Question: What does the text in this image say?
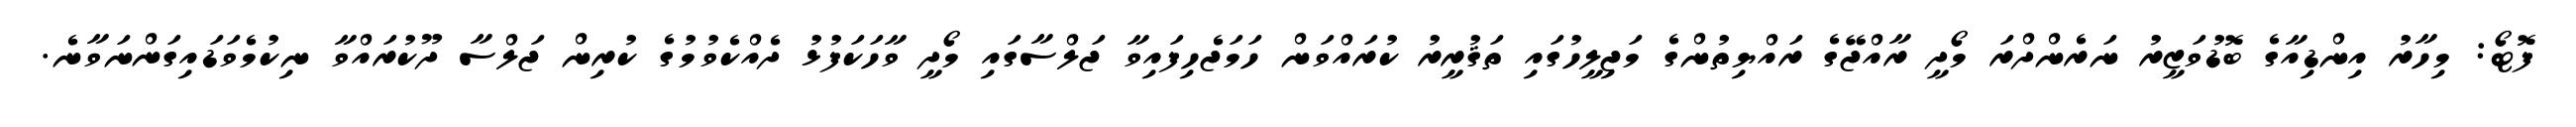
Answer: ފޮޓޯ: މިހާރު އިންޑިއާގެ ބޮޑުވަޒީރު ނަރެންދްރަ މޯދީ ރާއްޖޭގެ ރައްޔިތުންގެ މަޖިލީހުގައި ތަޤުރީރު ކުރައްވަން ހަމަޖެހިފައިވާ ޖަލްސާގައި މޯދީ ވާހަކަފުޅު ދެއްކެވުމުގެ ކުރިން ޖަލްސާ ދޫކުރައްވާ ނިކުމެވަޑައިގަންނަވާނެ.